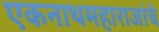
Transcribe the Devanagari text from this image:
एकनाथमहाराजांचे